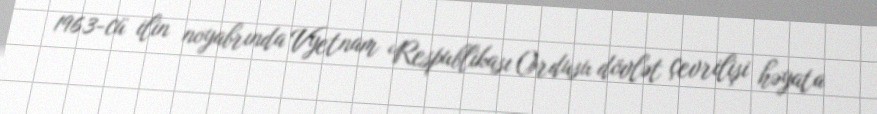
1963-cü ilin noyabrında Vyetnam Respublikası Ordusu dövlət çevrilişi həyata